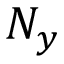
N _ { y }